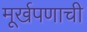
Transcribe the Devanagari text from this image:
मूर्खपणाची